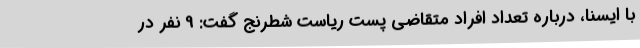
با ایسنا، درباره تعداد افراد متقاضی پست ریاست شطرنج گفت: 9 نفر در